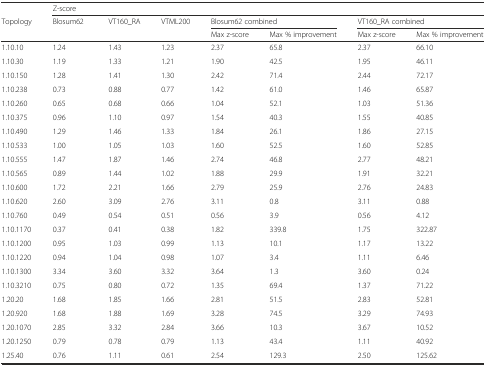
<table><thead><tr><td></td><td colspan="7"><b>Z-score</b></td></tr><tr><td rowspan="2"><b>Topology</b></td><td rowspan="2"><b>Blosum62</b></td><td rowspan="2"><b>VT160_RA</b></td><td rowspan="2"><b>VTML200</b></td><td colspan="2"><b>Blosum62 combined</b></td><td colspan="2"><b>VT160_RA combined</b></td></tr><tr><td><b>Max z-score</b></td><td><b>Max % improvement</b></td><td><b>Max z-score</b></td><td><b>Max % improvement</b></td></tr></thead><tbody><tr><td>1.10.10</td><td>1.24</td><td>1.43</td><td>1.23</td><td>2.37</td><td>65.8</td><td>2.37</td><td>66.10</td></tr><tr><td>1.10.30</td><td>1.19</td><td>1.33</td><td>1.21</td><td>1.90</td><td>42.5</td><td>1.95</td><td>46.11</td></tr><tr><td>1.10.150</td><td>1.28</td><td>1.41</td><td>1.30</td><td>2.42</td><td>71.4</td><td>2.44</td><td>72.17</td></tr><tr><td>1.10.238</td><td>0.73</td><td>0.88</td><td>0.77</td><td>1.42</td><td>61.0</td><td>1.46</td><td>65.87</td></tr><tr><td>1.10.260</td><td>0.65</td><td>0.68</td><td>0.66</td><td>1.04</td><td>52.1</td><td>1.03</td><td>51.36</td></tr><tr><td>1.10.375</td><td>0.96</td><td>1.10</td><td>0.97</td><td>1.54</td><td>40.3</td><td>1.55</td><td>40.85</td></tr><tr><td>1.10.490</td><td>1.29</td><td>1.46</td><td>1.33</td><td>1.84</td><td>26.1</td><td>1.86</td><td>27.15</td></tr><tr><td>1.10.533</td><td>1.00</td><td>1.05</td><td>1.03</td><td>1.60</td><td>52.5</td><td>1.60</td><td>52.85</td></tr><tr><td>1.10.555</td><td>1.47</td><td>1.87</td><td>1.46</td><td>2.74</td><td>46.8</td><td>2.77</td><td>48.21</td></tr><tr><td>1.10.565</td><td>0.89</td><td>1.44</td><td>1.02</td><td>1.88</td><td>29.9</td><td>1.91</td><td>32.21</td></tr><tr><td>1.10.600</td><td>1.72</td><td>2.21</td><td>1.66</td><td>2.79</td><td>25.9</td><td>2.76</td><td>24.83</td></tr><tr><td>1.10.620</td><td>2.60</td><td>3.09</td><td>2.76</td><td>3.11</td><td>0.8</td><td>3.11</td><td>0.88</td></tr><tr><td>1.10.760</td><td>0.49</td><td>0.54</td><td>0.51</td><td>0.56</td><td>3.9</td><td>0.56</td><td>4.12</td></tr><tr><td>1.10.1170</td><td>0.37</td><td>0.41</td><td>0.38</td><td>1.82</td><td>339.8</td><td>1.75</td><td>322.87</td></tr><tr><td>1.10.1200</td><td>0.95</td><td>1.03</td><td>0.99</td><td>1.13</td><td>10.1</td><td>1.17</td><td>13.22</td></tr><tr><td>1.10.1220</td><td>0.94</td><td>1.04</td><td>0.98</td><td>1.07</td><td>3.4</td><td>1.11</td><td>6.46</td></tr><tr><td>1.10.1300</td><td>3.34</td><td>3.60</td><td>3.32</td><td>3.64</td><td>1.3</td><td>3.60</td><td>0.24</td></tr><tr><td>1.10.3210</td><td>0.75</td><td>0.80</td><td>0.72</td><td>1.35</td><td>69.4</td><td>1.37</td><td>71.22</td></tr><tr><td>1.20.20</td><td>1.68</td><td>1.85</td><td>1.66</td><td>2.81</td><td>51.5</td><td>2.83</td><td>52.81</td></tr><tr><td>1.20.920</td><td>1.68</td><td>1.88</td><td>1.69</td><td>3.28</td><td>74.5</td><td>3.29</td><td>74.93</td></tr><tr><td>1.20.1070</td><td>2.85</td><td>3.32</td><td>2.84</td><td>3.66</td><td>10.3</td><td>3.67</td><td>10.52</td></tr><tr><td>1.20.1250</td><td>0.79</td><td>0.78</td><td>0.79</td><td>1.13</td><td>43.4</td><td>1.11</td><td>40.92</td></tr><tr><td>1.25.40</td><td>0.76</td><td>1.11</td><td>0.61</td><td>2.54</td><td>129.3</td><td>2.50</td><td>125.62</td></tr></tbody></table>